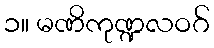
၁။ မဏိကုဏ္ဍလဝဂ်